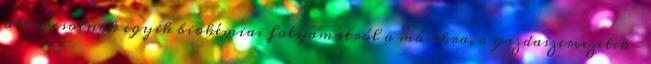
átkapcsolnak egyik biokémiai folyamatról a másikra, a gazdaszervezetek –